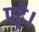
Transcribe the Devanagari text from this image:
पट्टे।